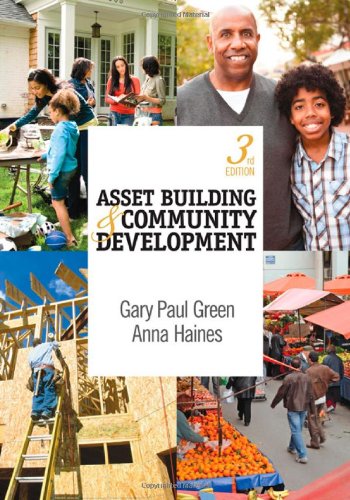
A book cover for Asset Building & Community Development; Gary P. (Paul) Green; Business & Money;